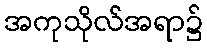
အကုသိုလ်အရာ၌